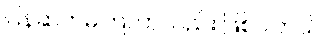
ပြန်ဆက်မိကြတာလည်း ဖြစ်ပါတယ်။